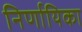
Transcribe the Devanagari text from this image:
निर्णायिका